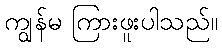
ကျွန်မ ကြားဖူးပါသည်။